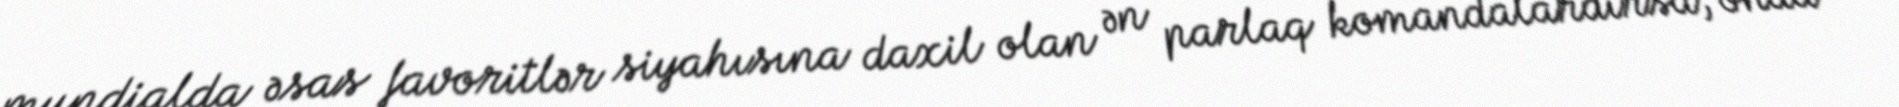
mundialda əsas favoritlər siyahısına daxil olan ən parlaq komandalardırsa, onda